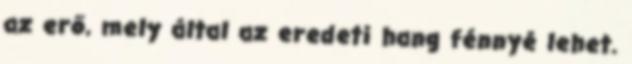
az erő, mely által az eredeti hang fénnyé lehet.